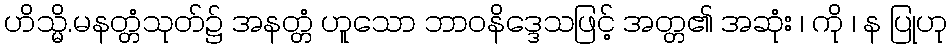
ဟိသ္မိ.မနတ္တံသုတ်၌ အနတ္တံ ဟူသော ဘာဝနိဒ္ဒေသဖြင့် အတ္တ၏ အဆုံး ၊ ကို ၊ န ပြုဟု